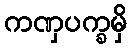
ကဏှပက္ခမှိ